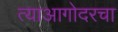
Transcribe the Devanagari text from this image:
त्याआगोदरचा